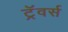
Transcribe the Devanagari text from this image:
ट्रॅवर्स